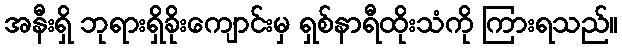
အနီးရှိ ဘုရားရှိခိုးကျောင်းမှ ရှစ်နာရီထိုးသံကို ကြားရသည်။